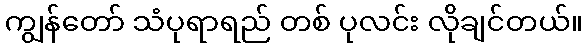
ကျွန်တော် သံပုရာရည် တစ် ပုလင်း လိုချင်တယ်။